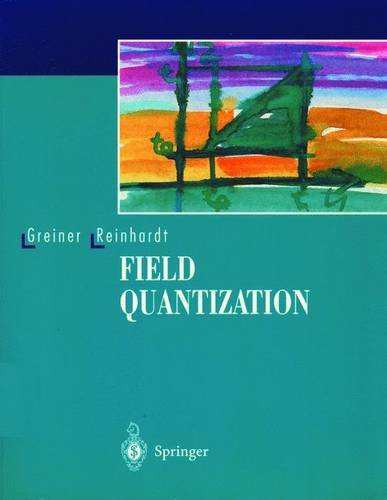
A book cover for Field Quantization; Walter Greiner; Science & Math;